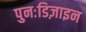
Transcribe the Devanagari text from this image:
पुनःडिज़ाइन